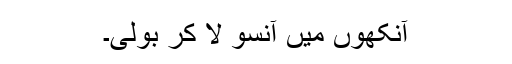
آنکھوں میں آنسو لا کر بولی۔